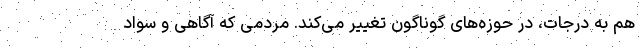
هم به درجات، در حوزه‌های گوناگون تغییر می‌کند. مردمی که آگاهی و سواد